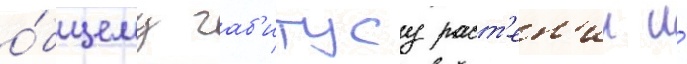
о́бщему габ'итусу раст'ен'ии и́